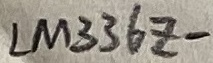
Text: LM336Z-